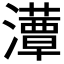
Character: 𤂹